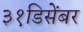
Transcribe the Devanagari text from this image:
३१डिसेंबर